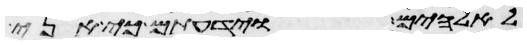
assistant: לאלהים וידעתם כי אני